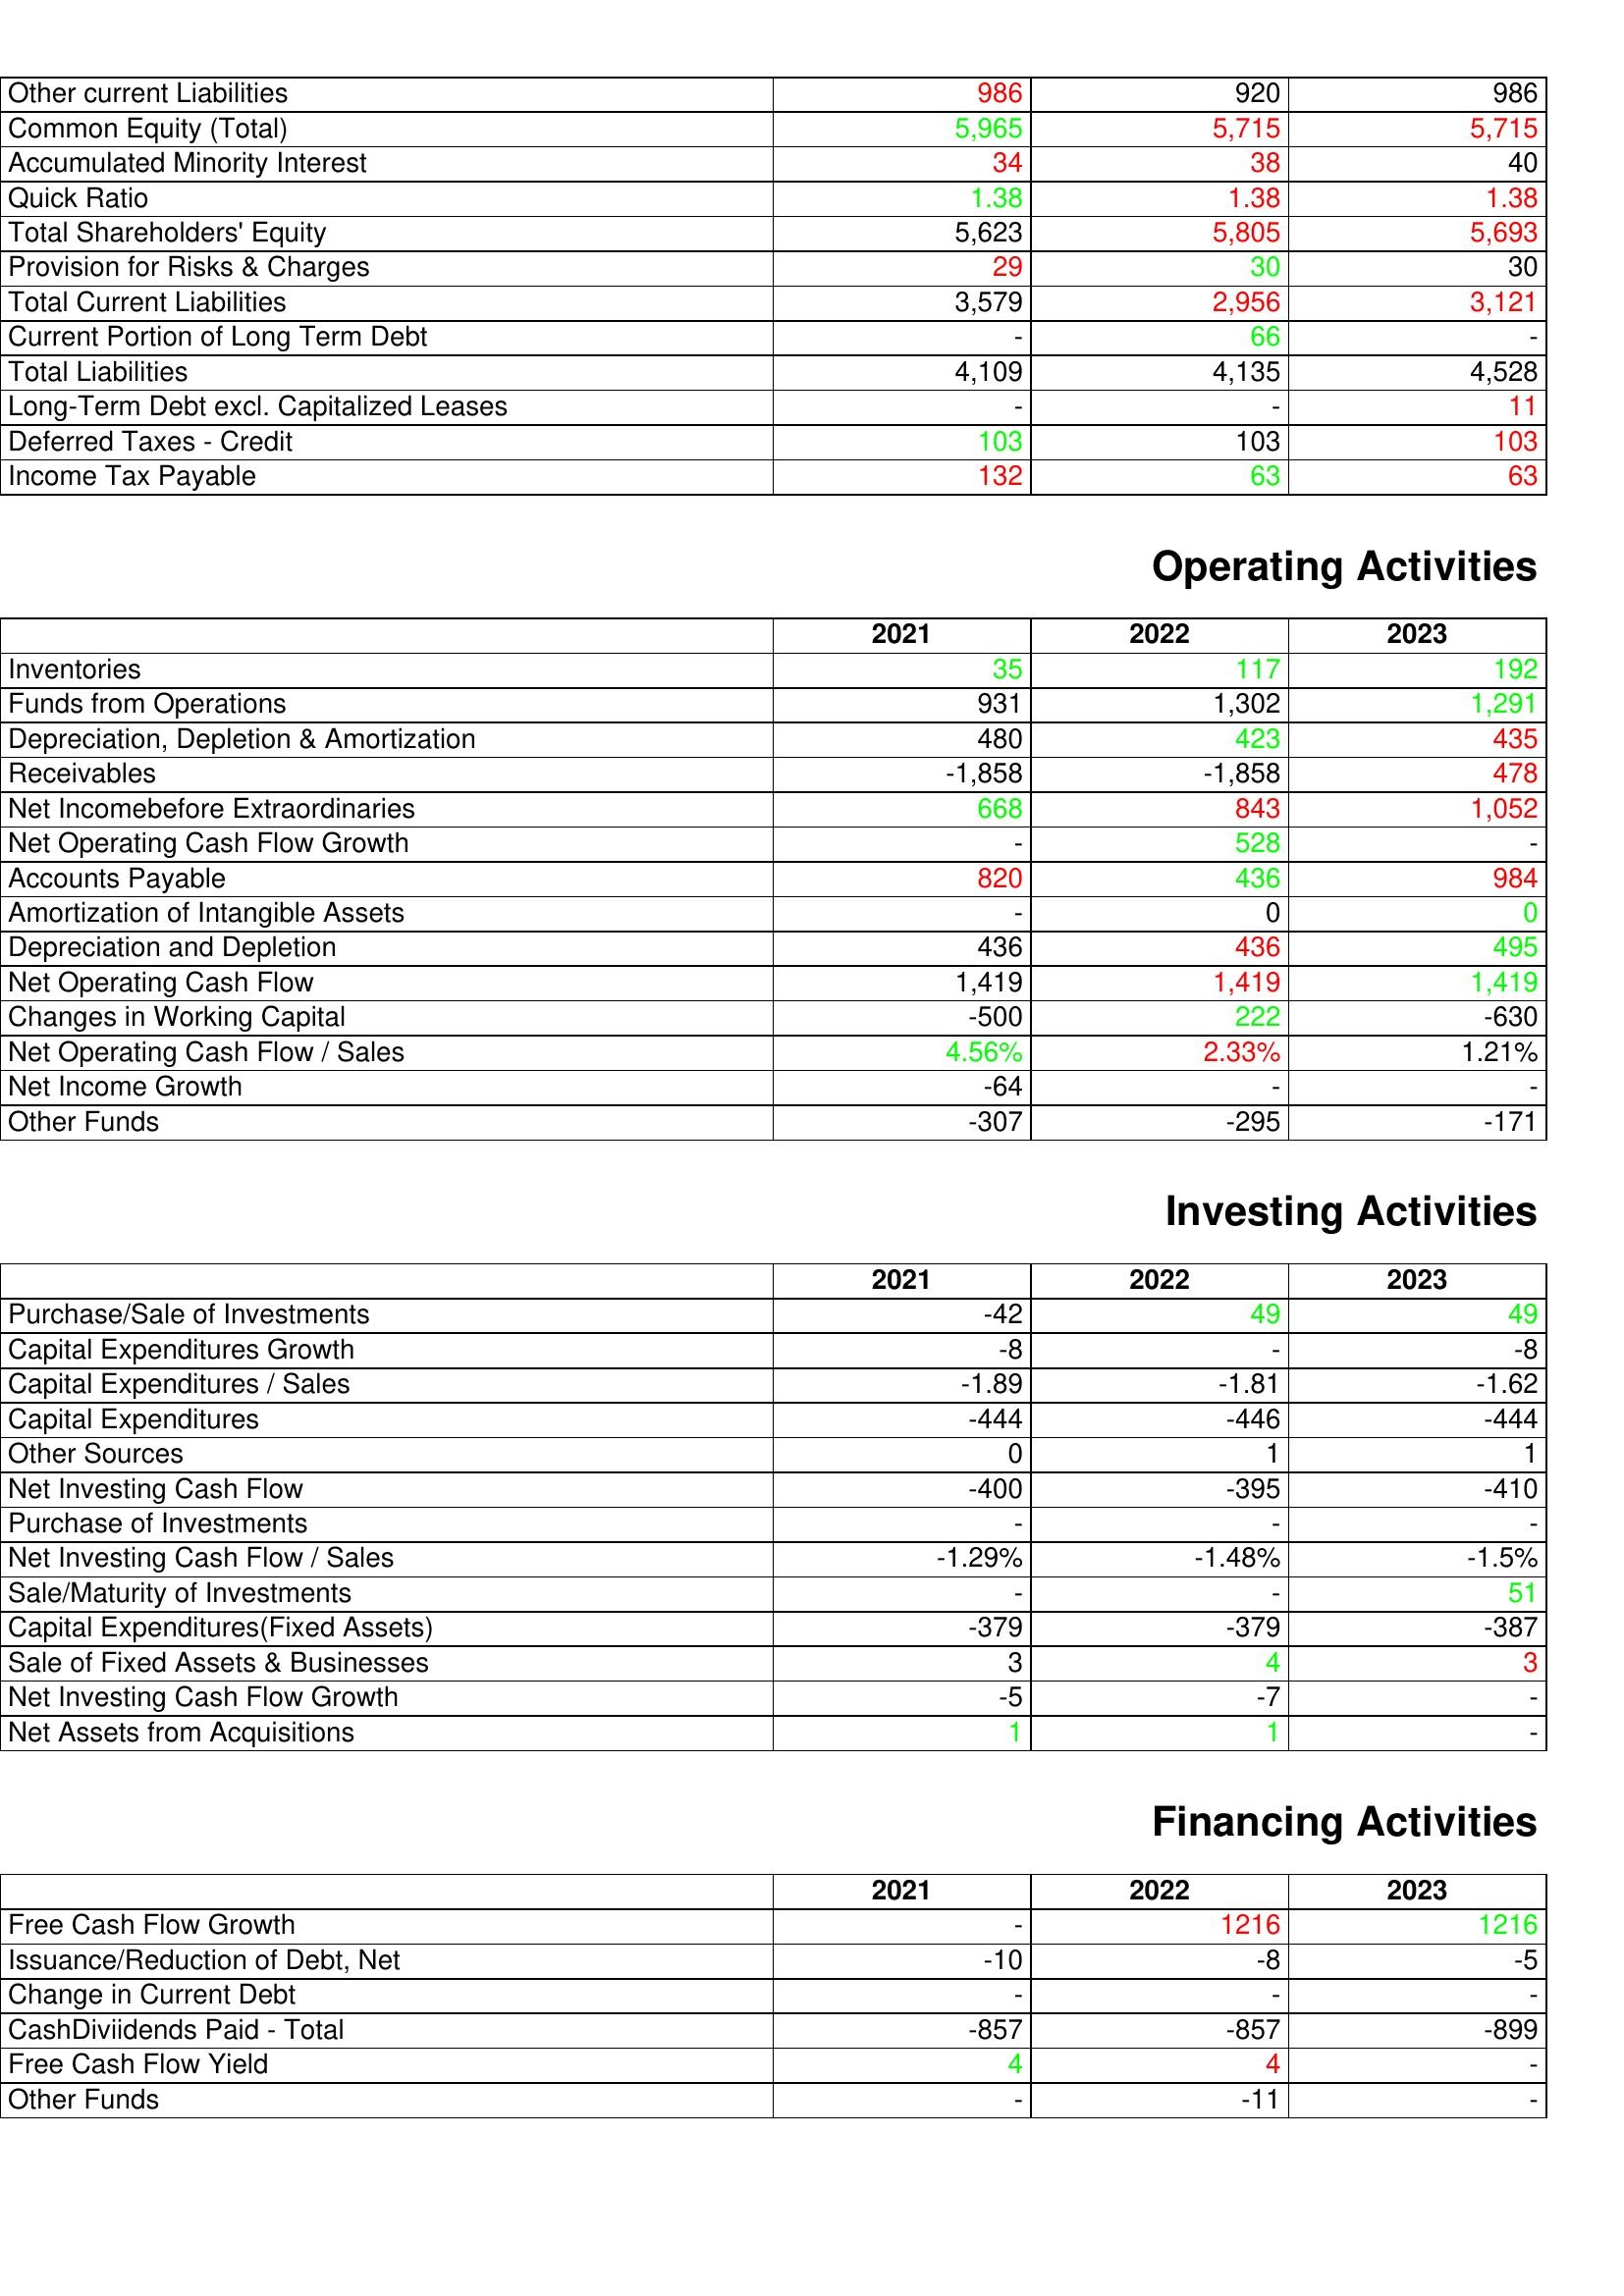
gt_parse: 2021: Liabilities & Shareholder's Equity: Other current Liabilities: 986
Common Equity (Total): 5,965
Accumulated Minority Interest: 34
Quick Ratio: 1.38
Total Shareholders' Equity: 5,623
Provision for Risks & Charges: 29
Total Current Liabilities: 3,579
Current Portion of Long Term Debt: -
Total Liabilities: 4,109
Long-Term Debt excl. Capitalized Leases: -
Deferred Taxes - Credit: 103
Income Tax Payable: 132
Operating Activities: Inventories: 35
Funds from Operations: 931
Depreciation, Depletion & Amortization: 480
Receivables: -1,858
Net Incomebefore Extraordinaries: 668
Net Operating Cash Flow Growth: -
Accounts Payable: 820
Amortization of Intangible Assets: -
Depreciation and Depletion: 436
Net Operating Cash Flow: 1,419
Changes in Working Capital: -500
Net Operating Cash Flow / Sales: 4.56%
Net Income Growth: -64
Other Funds: -307
Investing Activities: Purchase/Sale of Investments: -42
Capital Expenditures Growth: -8
Capital Expenditures / Sales: -1.89
Capital Expenditures: -444
Other Sources: 0
Net Investing Cash Flow: -400
Purchase of Investments: -
Net Investing Cash Flow / Sales: -1.29%
Sale/Maturity of Investments: -
Capital Expenditures(Fixed Assets): -379
Sale of Fixed Assets & Businesses: 3
Net Investing Cash Flow Growth: -5
Net Assets from Acquisitions: 1
Financing Activities: Free Cash Flow Growth: -
Issuance/Reduction of Debt, Net: -10
Change in Current Debt: -
CashDiviidends Paid - Total: -857
Free Cash Flow Yield: 4
Other Funds: -
2022: Liabilities & Shareholder's Equity: Other current Liabilities: 920
Common Equity (Total): 5,715
Accumulated Minority Interest: 38
Quick Ratio: 1.38
Total Shareholders' Equity: 5,805
Provision for Risks & Charges: 30
Total Current Liabilities: 2,956
Current Portion of Long Term Debt: 66
Total Liabilities: 4,135
Long-Term Debt excl. Capitalized Leases: -
Deferred Taxes - Credit: 103
Income Tax Payable: 63
Operating Activities: Inventories: 117
Funds from Operations: 1,302
Depreciation, Depletion & Amortization: 423
Receivables: -1,858
Net Incomebefore Extraordinaries: 843
Net Operating Cash Flow Growth: 528
Accounts Payable: 436
Amortization of Intangible Assets: 0
Depreciation and Depletion: 436
Net Operating Cash Flow: 1,419
Changes in Working Capital: 222
Net Operating Cash Flow / Sales: 2.33%
Net Income Growth: -
Other Funds: -295
Investing Activities: Purchase/Sale of Investments: 49
Capital Expenditures Growth: -
Capital Expenditures / Sales: -1.81
Capital Expenditures: -446
Other Sources: 1
Net Investing Cash Flow: -395
Purchase of Investments: -
Net Investing Cash Flow / Sales: -1.48%
Sale/Maturity of Investments: -
Capital Expenditures(Fixed Assets): -379
Sale of Fixed Assets & Businesses: 4
Net Investing Cash Flow Growth: -7
Net Assets from Acquisitions: 1
Financing Activities: Free Cash Flow Growth: 1216
Issuance/Reduction of Debt, Net: -8
Change in Current Debt: -
CashDiviidends Paid - Total: -857
Free Cash Flow Yield: 4
Other Funds: -11
2023: Liabilities & Shareholder's Equity: Other current Liabilities: 986
Common Equity (Total): 5,715
Accumulated Minority Interest: 40
Quick Ratio: 1.38
Total Shareholders' Equity: 5,693
Provision for Risks & Charges: 30
Total Current Liabilities: 3,121
Current Portion of Long Term Debt: -
Total Liabilities: 4,528
Long-Term Debt excl. Capitalized Leases: 11
Deferred Taxes - Credit: 103
Income Tax Payable: 63
Operating Activities: Inventories: 192
Funds from Operations: 1,291
Depreciation, Depletion & Amortization: 435
Receivables: 478
Net Incomebefore Extraordinaries: 1,052
Net Operating Cash Flow Growth: -
Accounts Payable: 984
Amortization of Intangible Assets: 0
Depreciation and Depletion: 495
Net Operating Cash Flow: 1,419
Changes in Working Capital: -630
Net Operating Cash Flow / Sales: 1.21%
Net Income Growth: -
Other Funds: -171
Investing Activities: Purchase/Sale of Investments: 49
Capital Expenditures Growth: -8
Capital Expenditures / Sales: -1.62
Capital Expenditures: -444
Other Sources: 1
Net Investing Cash Flow: -410
Purchase of Investments: -
Net Investing Cash Flow / Sales: -1.5%
Sale/Maturity of Investments: 51
Capital Expenditures(Fixed Assets): -387
Sale of Fixed Assets & Businesses: 3
Net Investing Cash Flow Growth: -
Net Assets from Acquisitions: -
Financing Activities: Free Cash Flow Growth: 1216
Issuance/Reduction of Debt, Net: -5
Change in Current Debt: -
CashDiviidends Paid - Total: -899
Free Cash Flow Yield: -
Other Funds: -